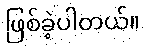
ဖြစ်ခဲ့ပါတယ်။